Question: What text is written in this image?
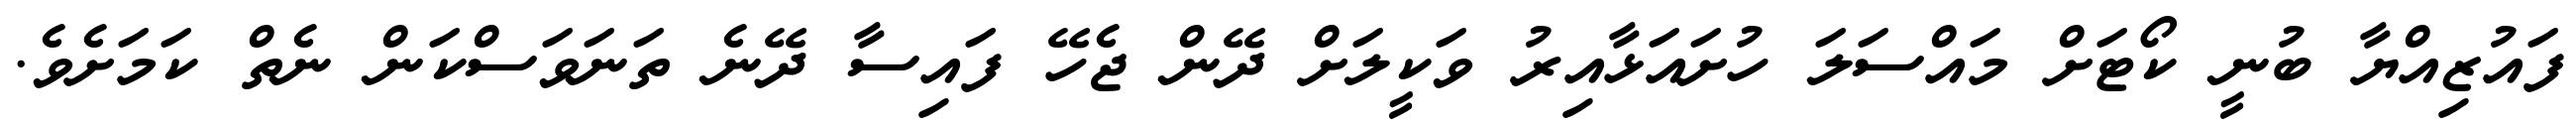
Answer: ފައުޒިއްޔާ ބުނީ ކޯޓަށް މައްސަލަ ހުށައަޅާއިރު ވަކީލަށް ދޭން ޖެހޭ ފައިސާ ދޭނެ ތަނަވަސްކަން ނެތް ކަމަށެވެ.